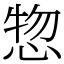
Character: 惣